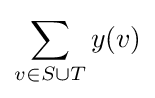
\sum _{v\in S\cup T}y(v)